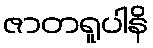
ဇာတရူပါနိ